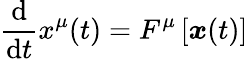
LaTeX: \frac{\mathrm{d}}{\mathrm{d}t}x^{\mu}(t)=F^{\mu}\left[\boldsymbol{x}(t)\right]